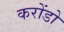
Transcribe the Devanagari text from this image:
करोंडो